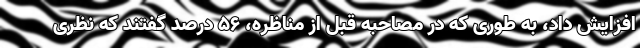
افزایش داد، به طوری که در مصاحبه قبل از مناظره، 56 درصد گفتند که نظری